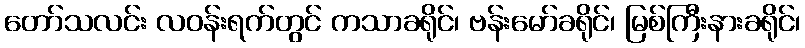
တော်သလင်း လဝန်းရက်တွင် ကသာခရိုင်၊ ဗန်းမော်ခရိုင်၊ မြစ်ကြီးနားခရိုင်၊